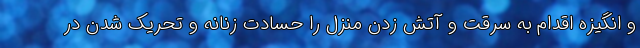
و انگیزه اقدام به سرقت و آتش زدن منزل را حسادت زنانه و تحریک شدن در